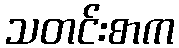
သတင်းစာက